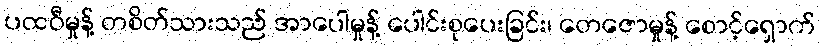
ပထဝီမှုန့် တစိတ်သားသည် အာပေါမှုန့် ပေါင်းစုပေးခြင်း၊ တေဇောမှုန့် စောင့်ရှောက်